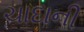
ચાદાની